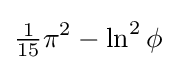
{\tfrac {1}{15}}\pi ^{2}-\ln ^{2}\phi